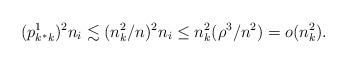
LaTeX: \begin{align*} (p^1_{k^*k})^2 n_i \lesssim (n_k^2/n)^2n_i \le n_k^2 (\rho^3/n^2) = o(n_k^2). \end{align*}